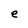
Character: e